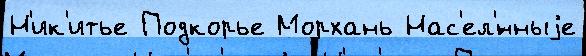
Н'ик'итье Подкорье Морхань Нас'ел'́нныjе